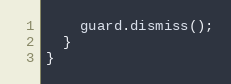
Language: C++
    guard.dismiss();
  }
}